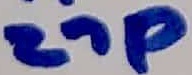
Text: 27p